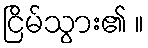
ငြိမ်သွား၏ ။